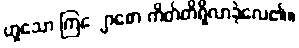
ဟူသော ကြျောစော ကိတ်တိရှိလာခဲ့လေ၏။